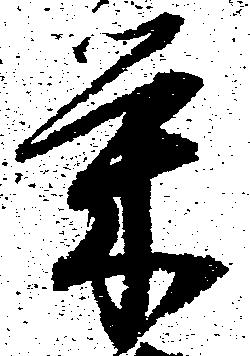
栄